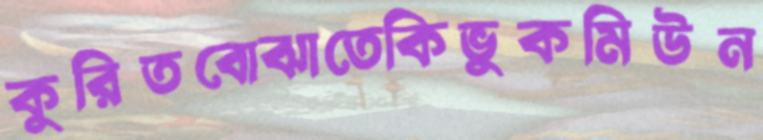
কুরিতবোঝাতেকিভুকমিউন